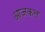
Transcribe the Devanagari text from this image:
आ़जकल